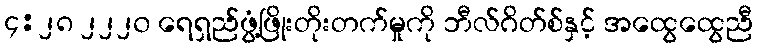
၄:၂၈ ၂၂၂၀ ရေရှည်ဖွံ့ဖြိုးတိုးတက်မှုကို ဘီလ်ဂိတ်စ်နှင့် အထွေထွေညီ